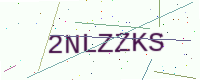
Text: 2NLZZKS